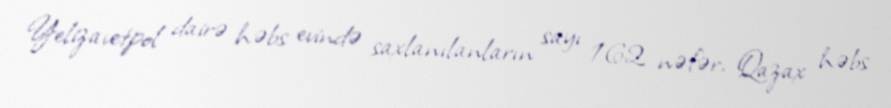
Yelizavetpol dairə həbs evində saxlanılanların sayı 162 nəfər, Qazax həbs